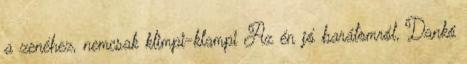
a zenéhez, nemcsak klimpi-klampi Az én jó barátomról, Dankó